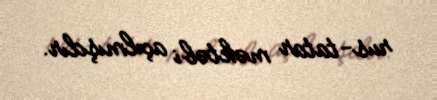
rus-tatar məktəbi açılmışdır.